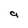
Character: a